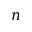
n